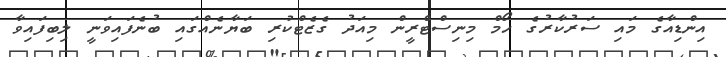
އިންޑިއާގެ މައި ސަރުކާރުގެ ހޯމް މިނިސްޓްރީން މިއަދު ގެޒެޓްކުރި ބަޔާނެއްގައި ބުނެފައިވަނީ ލިބިފައިވާ